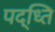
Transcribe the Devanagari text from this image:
पद्ध्‍ति